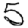
Digit: 5